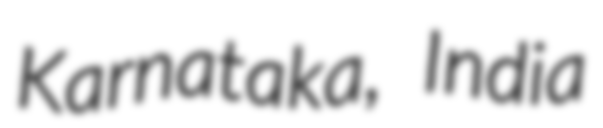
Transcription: Karnataka, India